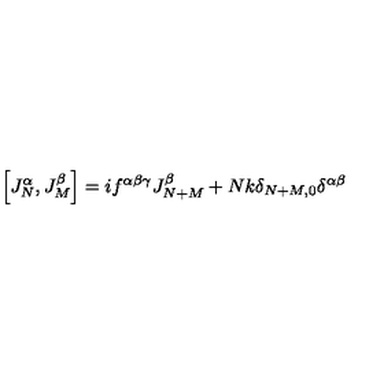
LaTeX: \left[ J _ { N } ^ { \alpha } , J _ { M } ^ { \beta } \right] = i f ^ { \alpha \beta \gamma } J _ { N + M } ^ { \beta } + N k \delta _ { N + M , 0 } \delta ^ { \alpha \beta }